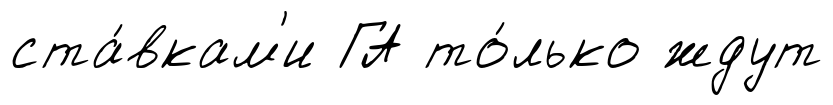
ста́вкам'и ГА то́лько ждут